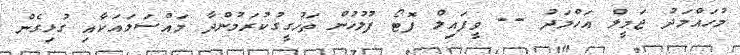
މުހައްމަދު ޖަމީލް އަހްމަދު -- ވީފައިލް ފޮޓޯ ފުލުހުން ތަހުގީގުކުރަމުންދާ މައްސަަލައަކާއި ގުޅިގެން